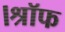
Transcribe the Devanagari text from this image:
।श्रॉफ